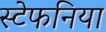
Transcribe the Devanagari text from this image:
स्टेफनिया